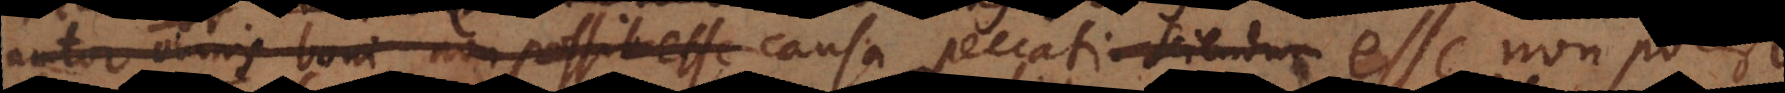
autor omnis boni non possit esse causa peccati. Sciendum itaque est